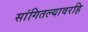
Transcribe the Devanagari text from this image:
सांगितल्यावरहि